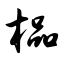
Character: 榀